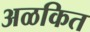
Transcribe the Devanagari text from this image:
अळकित